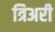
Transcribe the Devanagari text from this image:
त्रिअरी